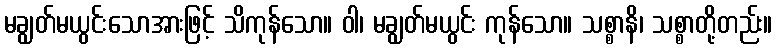
မချွတ်မယွင်းသောအားဖြင့် သိကုန်သော။ ဝါ၊ မချွတ်မယွင်း ကုန်သော။ သစ္စာနိ၊ သစ္စာတို့တည်း။